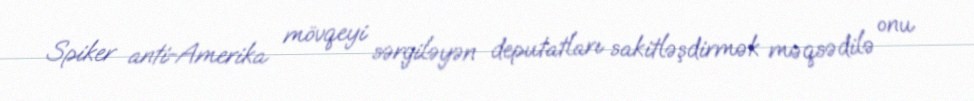
Spiker anti-Amerika mövqeyi sərgiləyən deputatları sakitləşdirmək məqsədilə onu